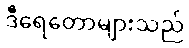
ဒီရေတောများသည်